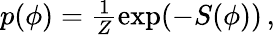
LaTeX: \begin{array}{r}{p(\phi)=\frac{1}{Z}\exp(-S(\phi))\, ,}\end{array}